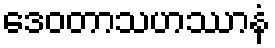
ဒေဝတာသဟဿာနံ